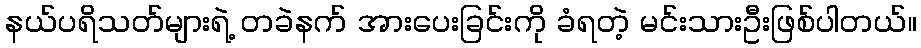
နယ်ပရိသတ်များရဲ့ တခဲနက် အားပေးခြင်းကို ခံရတဲ့ မင်းသားဦးဖြစ်ပါတယ်။